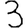
Digit: 3